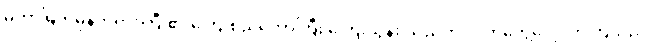
မဟာမြတ်မုနိဘုရားကြီး၏ ကြေးစည်တော်ကြီး ကြေးသွန်း သည်ကို လက်တွေ့လေ့လာကြသည်။